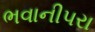
ભવાનીપરા